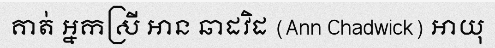
គាត់ អ្នកស្រី អាន ឆាដវិដ (Ann Chadwick) អាយុ